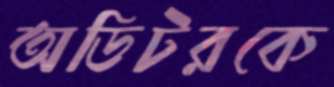
অডিটরকে